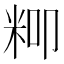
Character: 𮇍